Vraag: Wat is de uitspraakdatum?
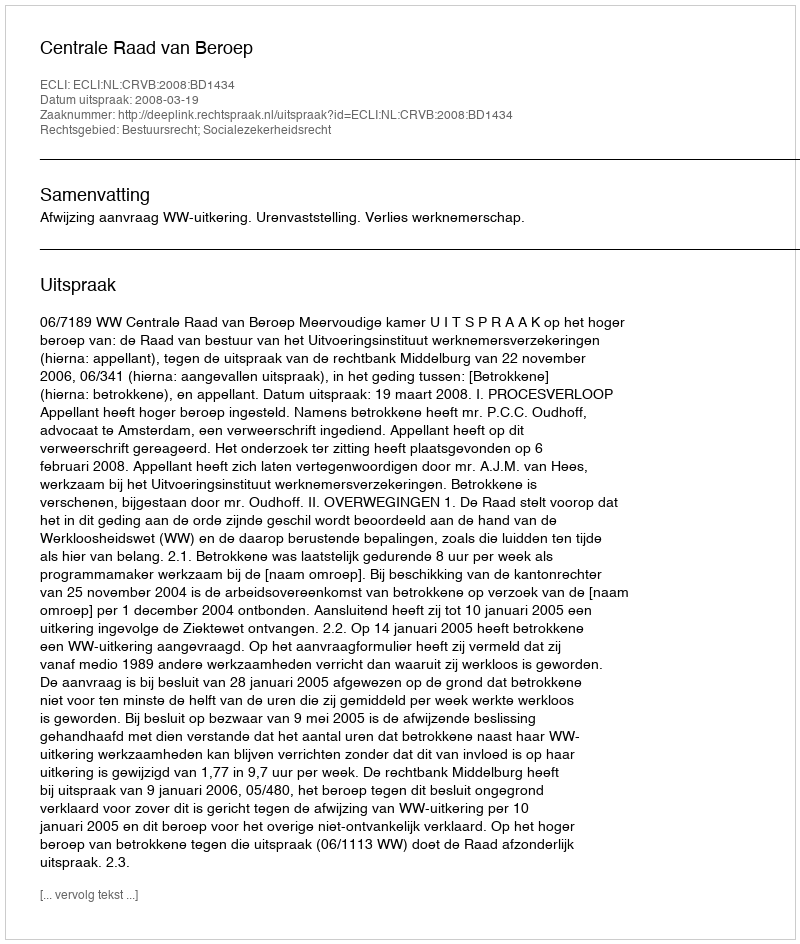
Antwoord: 2008-03-19